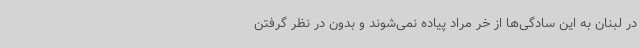
در لبنان به این سادگی‌ها از خر مراد پیاده نمی‌شوند و بدون در نظر گرفتن